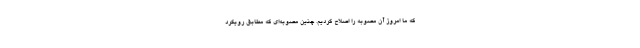
که ما امروز آن مصوبه را اصلاح کردیم. چنین مصوبه‌ای که مطابق رویکرد